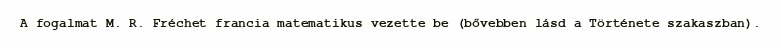
A fogalmat M. R. Fréchet francia matematikus vezette be (bővebben lásd a Története szakaszban).